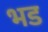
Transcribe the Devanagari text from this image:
भड